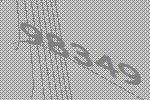
98349